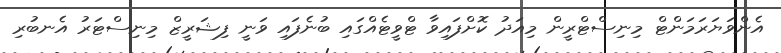
އެންވަޔަރަމަންޓް މިނިސްޓްރީން މިއަދު ކޮށްފައިވާ ޓްވީޓެއްގައި ބުނެފައި ވަނީ ފިޝަރީޒް މިނިސްޓަރު އެނބުރި